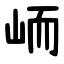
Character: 峏